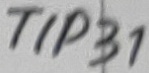
Text: TIP31